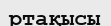
ртақысы